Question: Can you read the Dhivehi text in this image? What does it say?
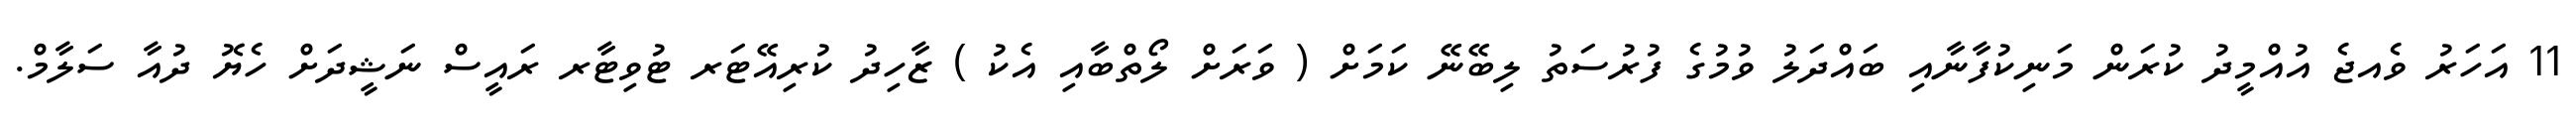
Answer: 11 އަހަރު ވެއޖެ އުއްމީދު ކުރަން މަނިކުފާނާއި ބައްދަލު ވުމުގެ ފުރުސަތު ލިބޭނޭ ކަމަށް ( ވަރަށް ލޯތްބާއި އެކު ) ޒާހިދު ކުރިއޭޓަރ ޓުވިޓާރ ރައީސް ނަޝީދަށް ހެޔޮ ދުއާ ސަލާމް.